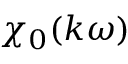
\chi _ { 0 } ( k \omega )